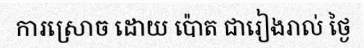
ការស្រោច ដោយ ប៉ោត ជារៀងរាល់ ថ្ងៃ